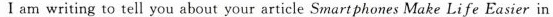
I am writing to tell you about your article Smart phones Make Life Easier in